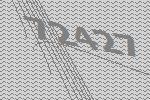
72427